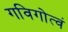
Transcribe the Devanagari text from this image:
गविगोत्वं